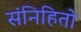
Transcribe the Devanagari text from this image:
संनिहितो